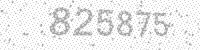
Solution: 825875